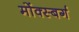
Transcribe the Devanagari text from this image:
मोंक्स्बर्ग